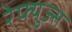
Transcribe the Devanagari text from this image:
रेफ्युज्स